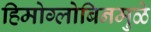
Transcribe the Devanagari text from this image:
हिमोग्लोबिनमुळे